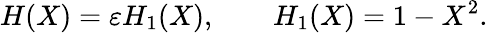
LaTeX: H(X)=\varepsilon H_{1}(X),\qquad H_{1}(X)=1-X^{2}.